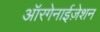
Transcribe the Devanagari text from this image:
ऑरगेनाईज़ेशन